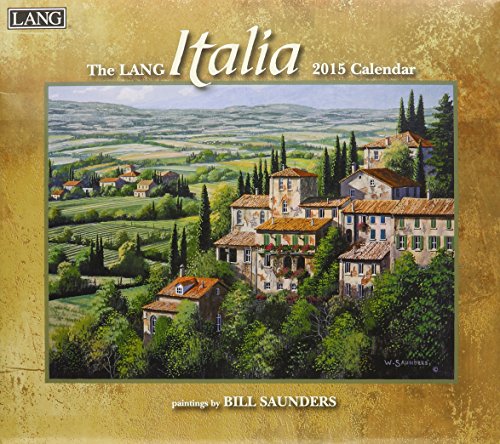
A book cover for The Lang Italia 2015 Calendar; Calendars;